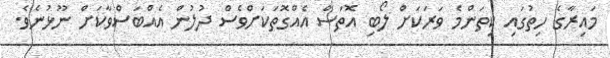
މައިރާގެ ހިތުގައި ކިތަންމެ ވަރަކަށް ލޯބި އޮތަސް އެއްގޮތަކަށްވެސް ދުލުން އެއްބަސްވާކަށް ނޫޅުނެވެ.